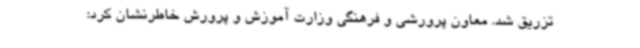
تزریق شد. معاون پرورشی و فرهنگی وزارت آموزش و پرورش خاطرنشان کرد: